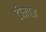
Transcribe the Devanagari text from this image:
टीमपेज